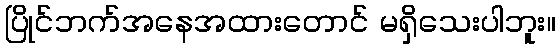
ပြိုင်ဘက်အနေအထားတောင် မရှိသေးပါဘူး။